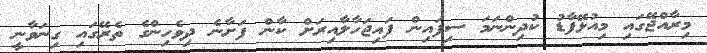
މިރާއްޖޭގައި މިއުޅޭފާޑު ކުދިންނަމަ ސިފައިން ފައިޖަހާލާއިރަށް ކާން ފަށާނެ ދިވެހިންގެ ތެރޭގައި ގިނަވާނީ